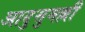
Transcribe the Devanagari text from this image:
आदुसुमल्ली